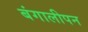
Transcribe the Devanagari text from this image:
बंगालीपन